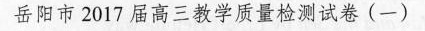
岳阳市 2017 届高三教学质量检测试卷(一)